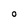
Character: 0